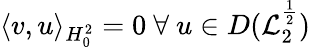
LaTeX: \langle v,u\rangle_{H_{0}^{2}}=0\ \forall\ u\in D(\mathcal{L}_{2}^{\frac{1}{2}})